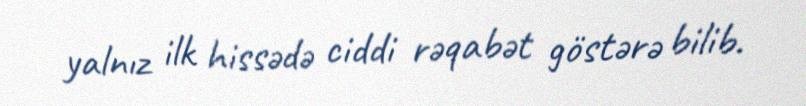
yalnız ilk hissədə ciddi rəqabət göstərə bilib.